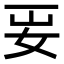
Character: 𡛎